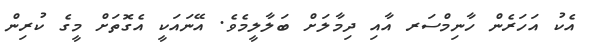
އެކު އަހަރެން ހާނިމްސަރ އާއި ދިމާލަށް ބަލާލީމެވެ. އޭނައަކީ އެގޮތަށް މީގެ ކުރިން